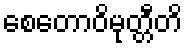
စေတောဝိမုတ္တီတိ